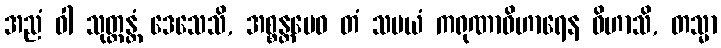
အညံ ဝါ သုတ္တန္တံ ဒေသေသိ, အစ္စန္တမေဝ တံ သမယံ ကရုဏာဝိဟာရေန ဝိဟာသိ, တသ္မာ